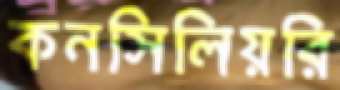
কনসিলিয়রি